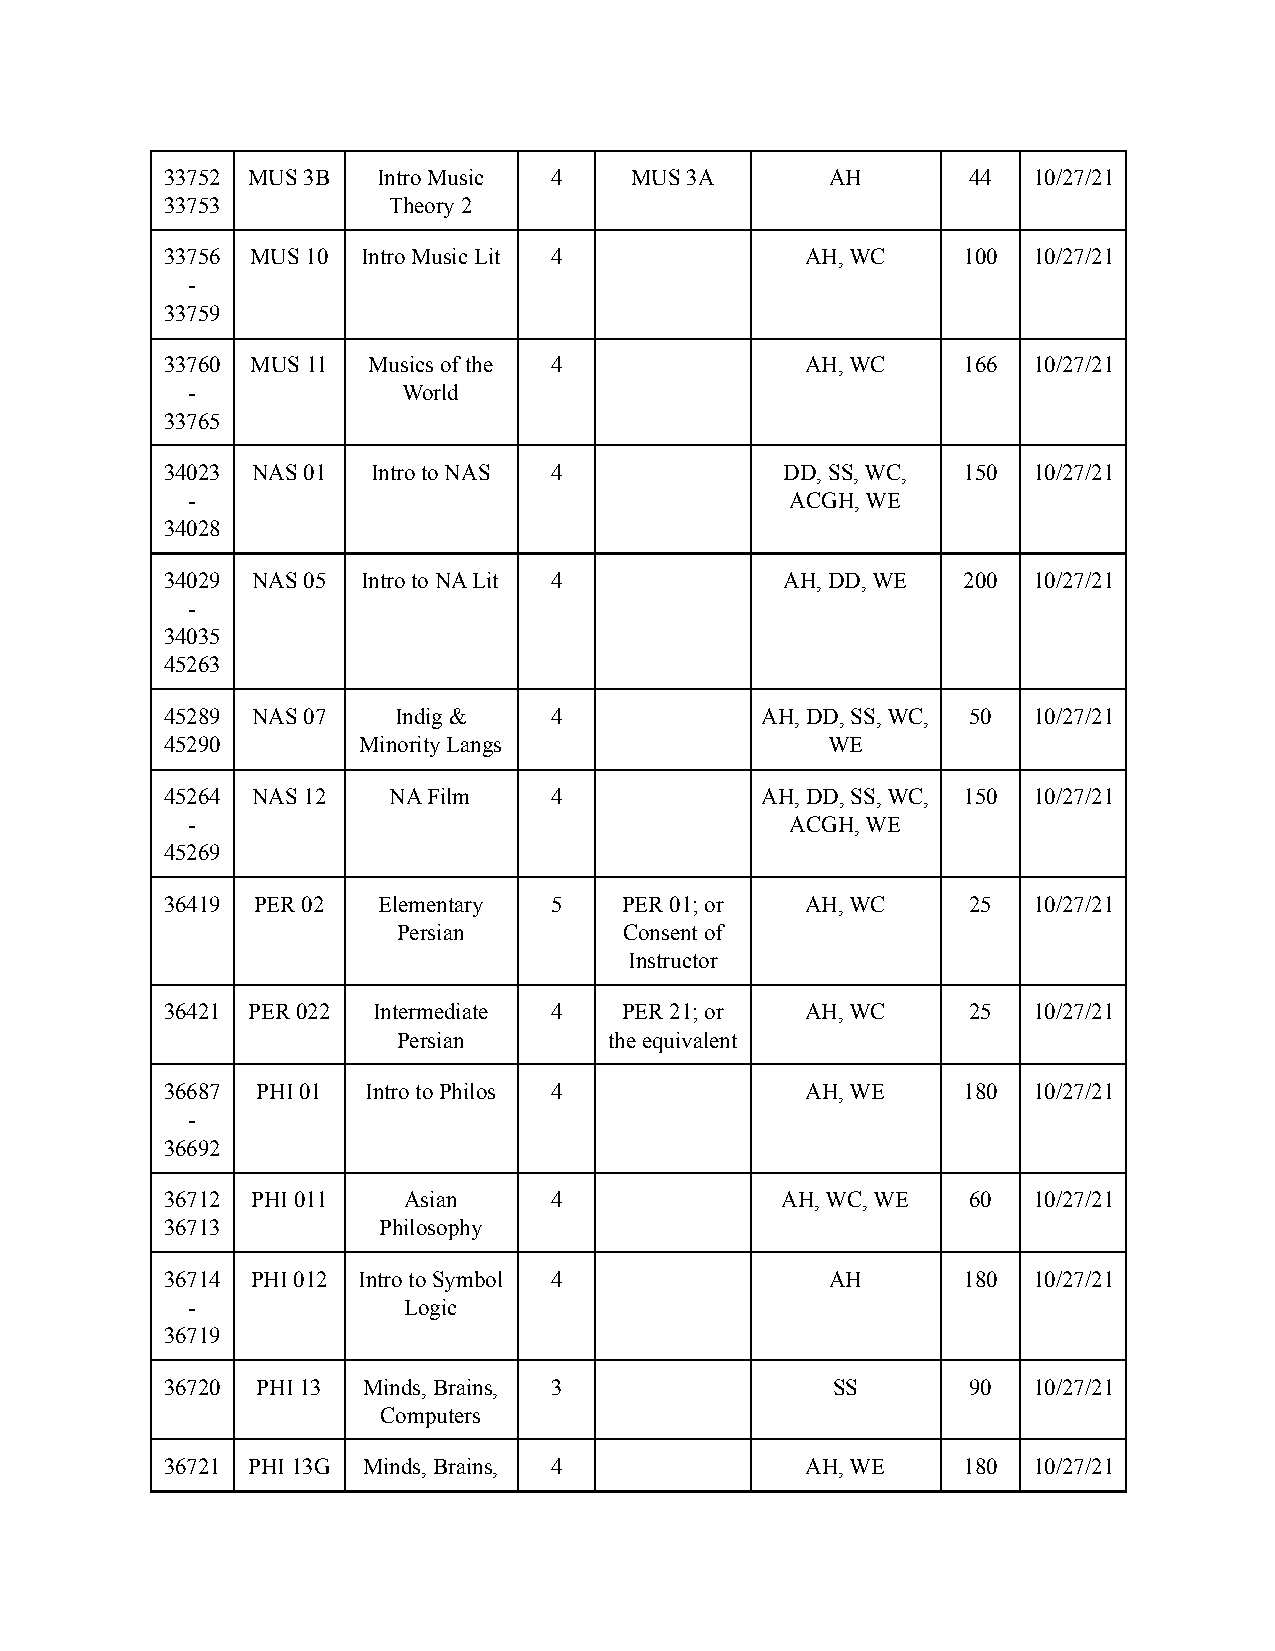
33752 MUS 3B  Intro Music 4    MUS 3A       AH       44  10/27/21
 33753          Theory 2
 33756 MUS 10 Intro Music Lit 4            AH, WC     100 10/27/21
 -
 33759
 33760 MUS 11 Musics of the 4              AH, WC     166 10/27/21
 -              World
 33765
 34023 NAS 01  Intro to NAS 4             DD, SS, WC, 150 10/27/21
 -                                       ACGH, WE
 34028
 34029 NAS 05 Intro to NA Lit 4           AH, DD, WE  200 10/27/21
 -
 34035
 45263
 45289 NAS 07   Indig &   4             AH, DD, SS, WC, 50 10/27/21
 45290        Minority Langs                 WE
 45264 NAS 12   NA Film   4             AH, DD, SS, WC, 150 10/27/21
 -                                       ACGH, WE
 45269
 36419 PER 02  Elementary 5    PER 01; or  AH, WC     25  10/27/21
 Persian        Consent of
 Instructor
 36421 PER 022 Intermediate 4  PER 21; or  AH, WC     25  10/27/21
 Persian       the equivalent
 36687 PHI 01 Intro to Philos 4            AH, WE     180 10/27/21
 -
 36692
 36712 PHI 011   Asian    4               AH, WC, WE  60  10/27/21
 36713         Philosophy
 36714 PHI 012 Intro to Symbol 4             AH       180 10/27/21
 -              Logic
 36719
 36720 PHI 13 Minds, Brains, 3               SS       90  10/27/21
 Computers
 36721 PHI 13G Minds, Brains, 4            AH, WE     180 10/27/21